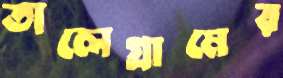
তালেগ্রামের